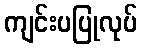
ကျင်းပပြုလုပ်